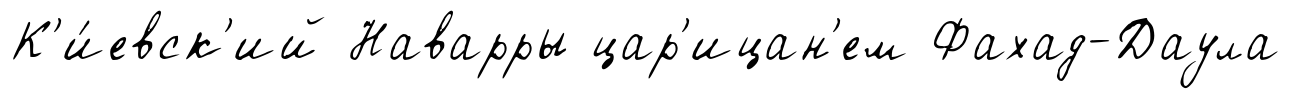
К'и́евск'ий Наварры цар'ицан'ем Фахад-Даула